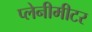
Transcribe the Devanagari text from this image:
प्लेनीमीटर